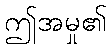
ဤအမှု၏